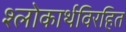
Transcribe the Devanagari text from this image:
श्लोकार्थविरहित